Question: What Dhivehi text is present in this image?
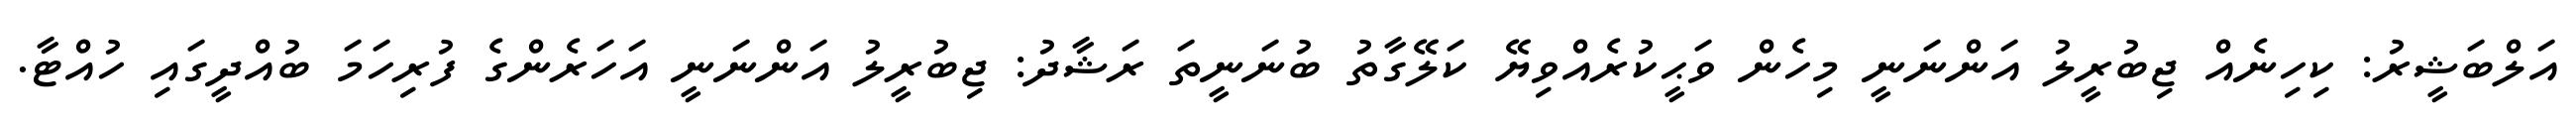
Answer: އަލްބަޝީރު: ކިހިނެއް ޖިބުރީލު އަންނަނީ މިހެން ވަޙީކުރެއްވިޔޭ ކަލޭގާތު ބުނަނީތަ ރަޝާދު: ޖިބުރީލު އަންނަނީ އަހަރެންގެ ފުރިހަމަ ބުއްދީގައި ހުއްޓާ.